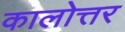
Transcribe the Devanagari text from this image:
कालोत्तर